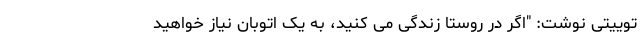
توییتی نوشت: "اگر در روستا زندگی می کنید، به یک اتوبان نیاز خواهید